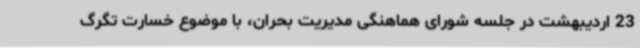
23 اردیبهشت در جلسه شورای هماهنگی مدیریت بحران، با موضوع خسارت تگرگ